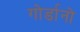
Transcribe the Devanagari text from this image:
गोर्डानो